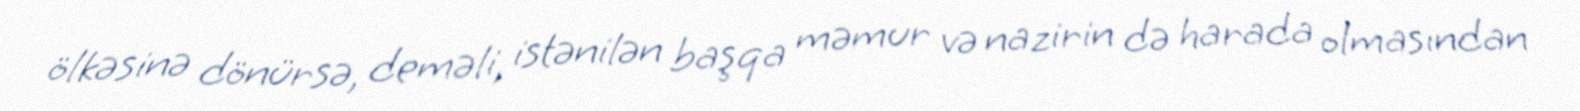
ölkəsinə dönürsə, deməli, istənilən başqa məmur və nazirin də harada olmasından